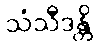
သံသီဒန္တိ